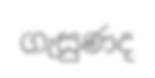
ගැසුණද